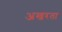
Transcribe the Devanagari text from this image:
अखरता